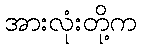
အားလုံးတို့က